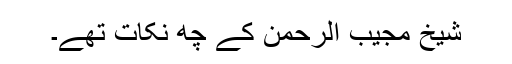
شیخ مجیب الرحمن کے چھ نکات تھے۔